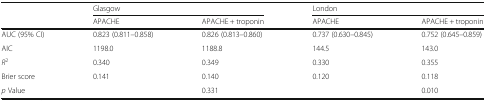
<table><thead><tr><td rowspan="2"></td><td colspan="2"><b>Glasgow</b></td><td colspan="2"><b>London</b></td></tr><tr><td><b>APACHE</b></td><td><b>APACHE + troponin</b></td><td><b>APACHE</b></td><td><b>APACHE + troponin</b></td></tr></thead><tbody><tr><td>AUC (95% CI)</td><td>0.823 (0.811–0.858)</td><td>0.826 (0.813–0.860)</td><td>0.737 (0.630–0.845)</td><td>0.752 (0.645–0.859)</td></tr><tr><td>AIC</td><td>1198.0</td><td>1188.8</td><td>144.5</td><td>143.0</td></tr><tr><td><i>R</i><sup>2</sup></td><td>0.340</td><td>0.349</td><td>0.330</td><td>0.355</td></tr><tr><td>Brier score</td><td>0.141</td><td>0.140</td><td>0.120</td><td>0.118</td></tr><tr><td><i>p</i> Value</td><td></td><td>0.331</td><td></td><td>0.010</td></tr></tbody></table>